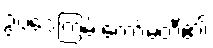
ဥပဒေကြမ်းကော်မတီ၏